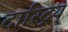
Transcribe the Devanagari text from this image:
दारिद्रय्